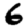
Digit: 6